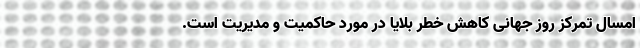
امسال تمرکز روز جهانی کاهش خطر بلایا در مورد حاکمیت و مدیریت است.